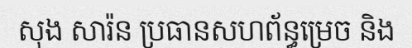
សុង សារ៉ន ប្រធានសហព័ន្ធម្រេច និង